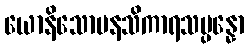
ယောနိသောမနသိကာရသမ္ပန္နော